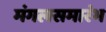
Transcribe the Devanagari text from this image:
मंगलसमारंभ